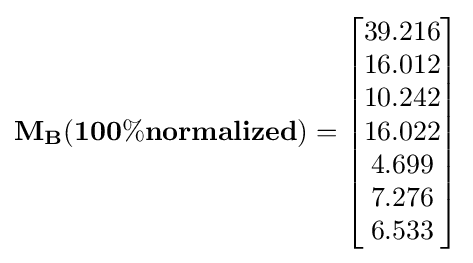
\mathbf {M_{B}(100\%normalized)} ={\begin{bmatrix}39.216\\16.012\\10.242\\16.022\\4.699\\7.276\\6.533\end{bmatrix}}